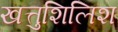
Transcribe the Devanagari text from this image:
खत्तुशिलिश